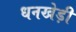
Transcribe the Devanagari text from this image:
धनखेड़ी